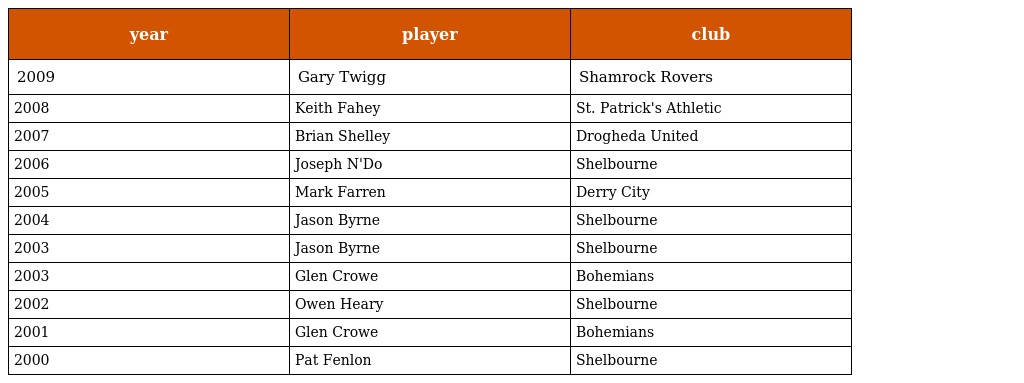
| year | player | club |
 | --- | --- | --- |
 | 2009 | Gary Twigg | Shamrock Rovers |
 | 2008 | Keith Fahey | St. Patrick's Athletic |
 | 2007 | Brian Shelley | Drogheda United |
 | 2006 | Joseph N'Do | Shelbourne |
 | 2005 | Mark Farren | Derry City |
 | 2004 | Jason Byrne | Shelbourne |
 | 2003 | Jason Byrne | Shelbourne |
 | 2003 | Glen Crowe | Bohemians |
 | 2002 | Owen Heary | Shelbourne |
 | 2001 | Glen Crowe | Bohemians |
 | 2000 | Pat Fenlon | Shelbourne |